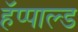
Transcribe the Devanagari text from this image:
हॅप्पाल्ड